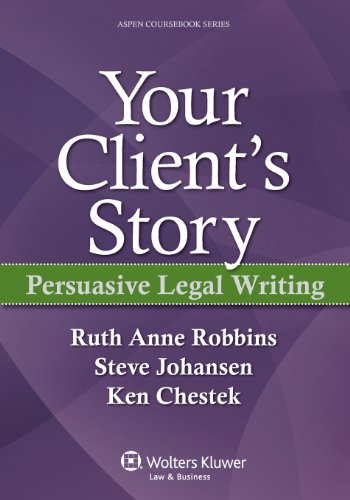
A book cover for Your Client's Story: Persuasive Legal Writing (Aspen Coursebook); Ruth Anne Robbins; Law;